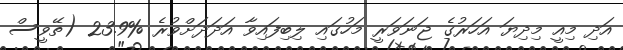
އަދި މިއީ މިދިޔަ އަހަރުގެ ޖަނަވަރީ މަހުގައި ލިބިފައިވާ އަދަދަށްވުރެ %23.9 (ތޭވީސް